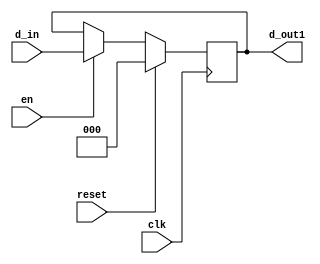
// Code your design here
//Code your design here
module example (
  input clk,
  input reset,
  input [2:0] d_in,
  input en,
  output reg [2:0] d_out1
  );
  always @(posedge clk)begin 
    if(reset)
      d_out1 <= 0 ;
    else if(en)
      d_out1 <= d_in ;
    else
      d_out1 <= d_out1 ;  
  end
endmodule